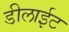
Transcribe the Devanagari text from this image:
डीलाईट